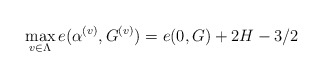
\begin{align*} \max_{v\in\Lambda} e(\alpha^{(v)}, G^{(v)})=e(0, G)+2H-3/2\end{align*}